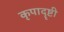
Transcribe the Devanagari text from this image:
कृपादॄष्टी